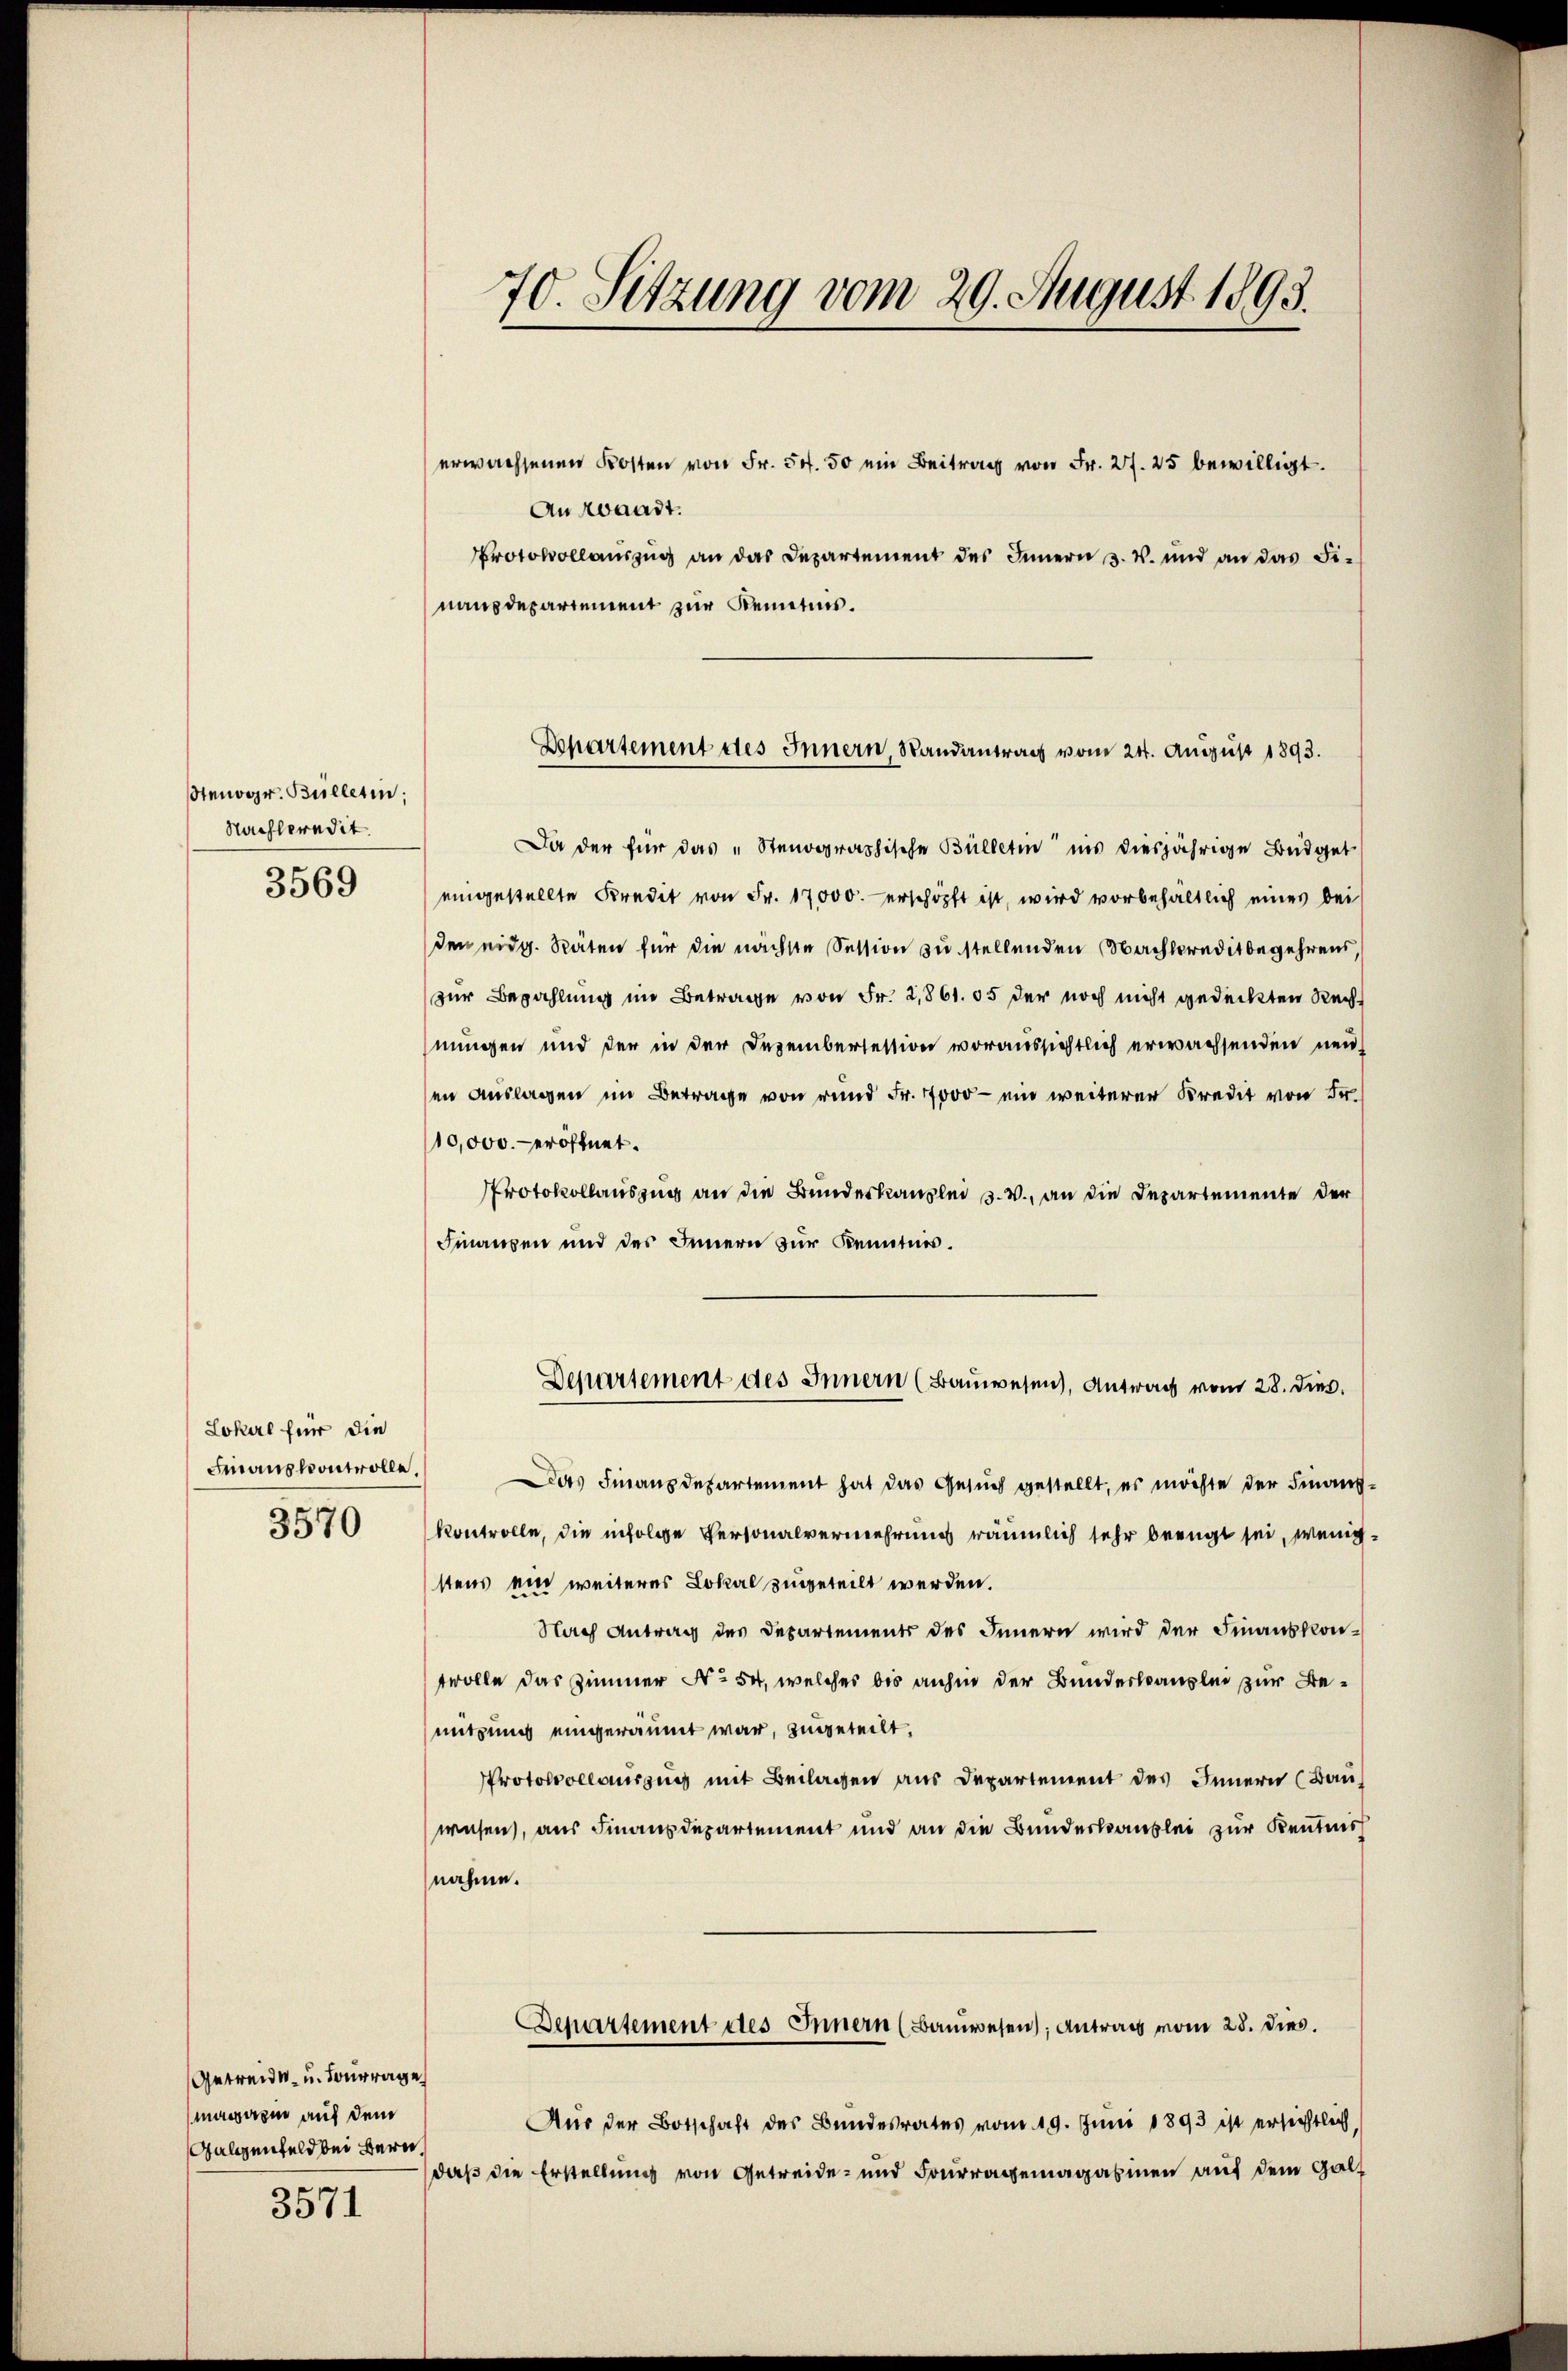
Stenogr. Bulletin.
Nachberedit.
3569

Lokal für die
Finanzkontrolle
3570

Getreide u. Sourrage
magazin auf dem
Galienfeld bei Bern

3571

70. Sitzung vom 29. August 1893.

erwachsenen Kosten von Fr. 54. 50 ein Beitrag von Fr. 27. 25 bewilligt.
Auroaadt.
Protokollauszug an das Departement des Innern s. v. und an das Finausdepartement zur Remetnis.
Da der für das „Stenographische Bülletin ins diesjährige Büdget
eingestellte Kredit von Fr. 17000. erschöpft ist, wird vorbehältlich eines bei
den eidg. Räten für die nächste Session zu stellenden Nachbereditbegehrens,
zur Bezahlung im Betrage von Fr. 2,861. 55 der noch nicht gedeckten Recht
nungen und der in der Dezembersession voraussichtlich erwachsenden neuen Auslagen im Betrage von rund Fr. 1000 - ein weiterer Kredit von Fr
10,000. eröffnet.
Protokollauszug an die Bundeskanzlei s. w., an die Departemente der
Finanzen und des Innern zur Kenntnis.
Departement des Innern (Bauwesen), Antrag vom 28. dies
Das Finanzdepartement hat das Gesuch gestellt, es möchte der Finanz¬
Kontrolle, die infolge Personalvermehrung räumlich sehr beengt sei, wenig
stens ein weiteres Lokal zugeteilt werden.
Nach Antrag des Departements des Innern wird der Finanzkon-
trolle das Zimmer No 54, welches bis anhin der Bundeskanzlei zur Benutzung eingeräumt war, zugeteilt,
Protokollauszug mit Beilagen aus Departement des Innern (Banwesen, aus Finanzdepartement und an die Bundeskanzlei zur Kenntnis
nahme.
Separtement des Innern (Bauwesen; Antrag vom 28. dies
Aus der Botschaft des Bundesrates vom 19. Juni 1893 ist ersichtlich
daß die Erstellung von Getreide- und Fourragemagazinen auf dem Galt

Departement des Innern, Randantrag vom 24. August 1893.